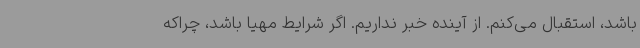
باشد، استقبال می‌کنم. از آینده خبر نداریم. اگر شرایط مهیا باشد، چراکه